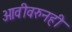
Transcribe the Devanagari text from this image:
ओवीवरुनही